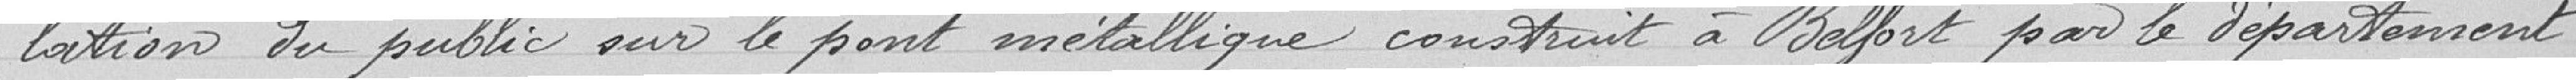
-lation du public sur le pont métallique construit à Belfort par le Département